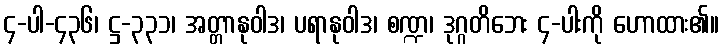
၄-ပါ-၄၃၆၊ ဋ္ဌ-၃၃၁၊ အတ္တာနုဝါဒ၊ ပရာနုဝါဒ၊ စဏ္ဍ၊ ဒုဂ္ဂတိဘေး ၄-ပါးကို ဟောထား၏။